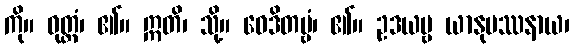
ကို။ ဝုတ္တံ၊ ၏။ ဣတိ၊ သို့။ ဝေဒိတဗ္ဗံ၊ ၏။ ဥဒယဗ္ဗ ယာနုပဿနာယ၊